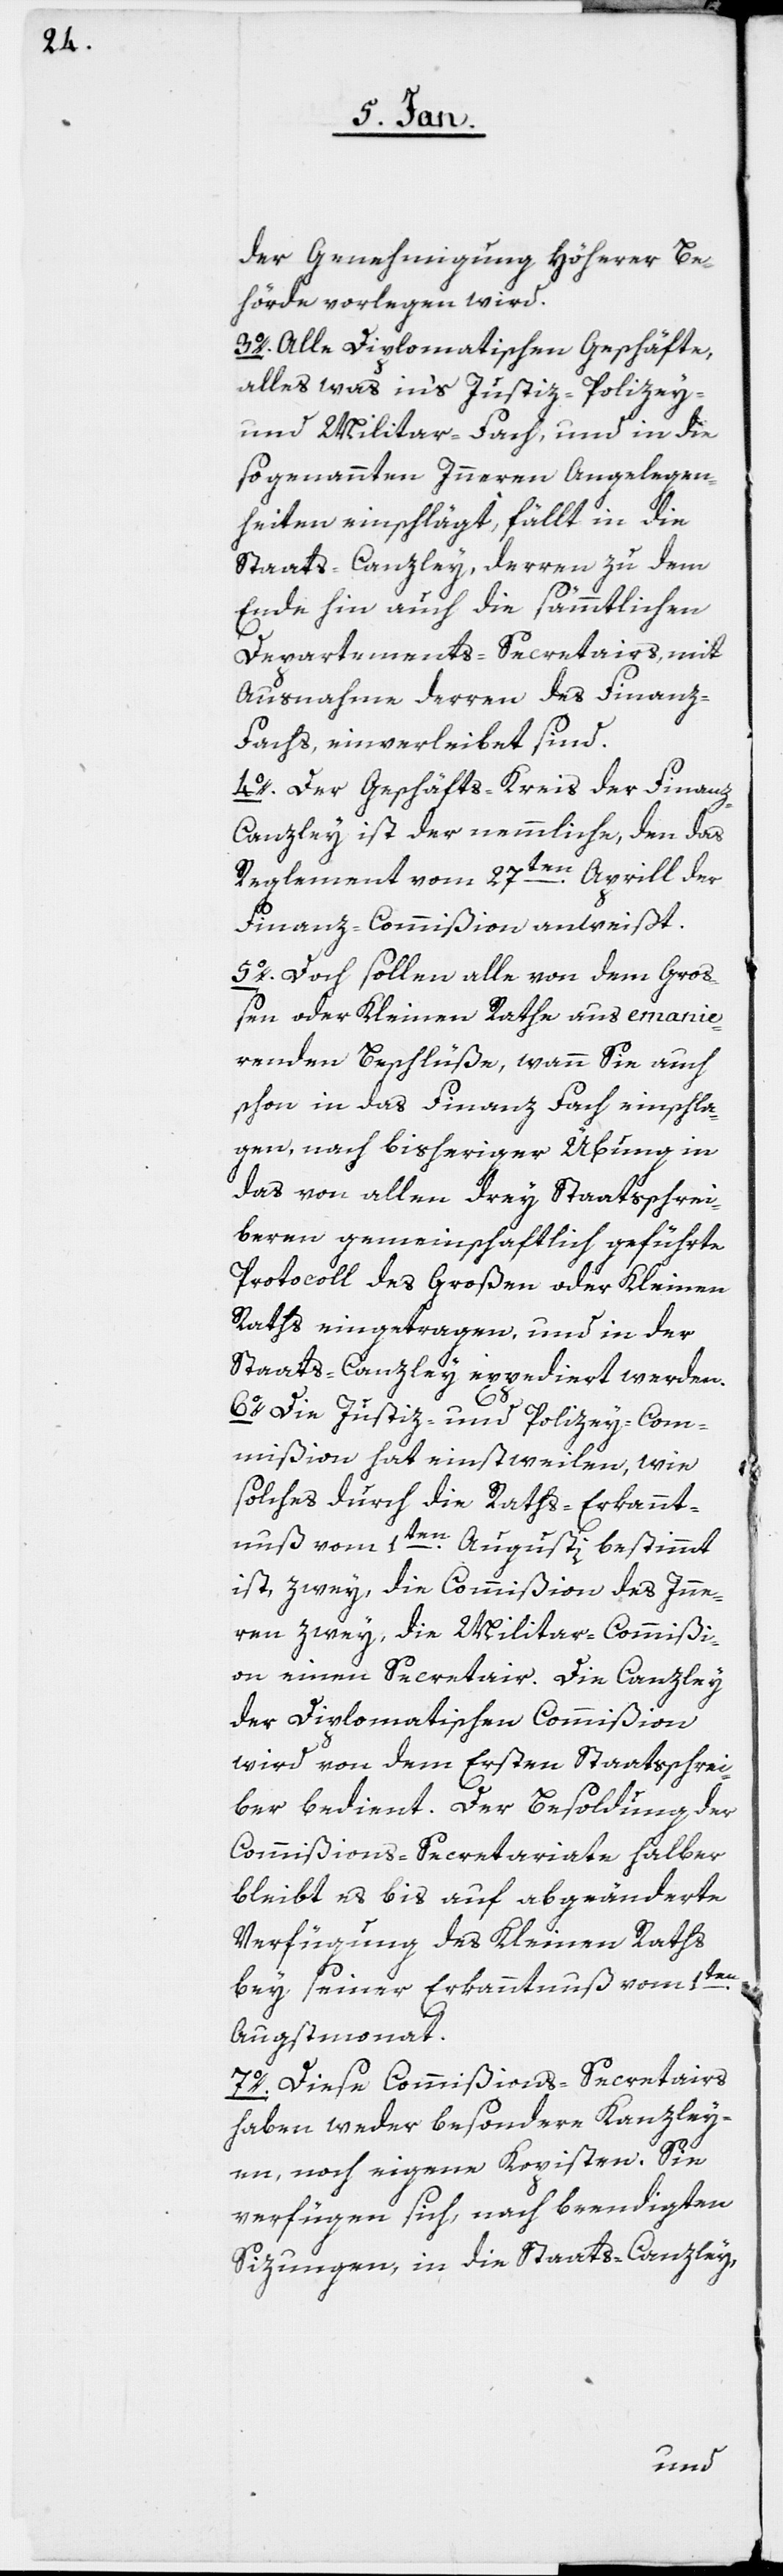
der Genehmigung höherer Be¬
hörde vorlegen wird.
3o. Alle Diplomatischen Geschäfte,
alles was ins Justiz- Polizey-
und Militar-Fach und in die
sogenannten Inneren Angelegen¬
heiten einschlägt, fällt in die
Staats-Canzley, deren zu dem
Ende hin auch die sämmtlichen
Departements-Secretairs, mit
Ausnahme deren des Finanz-F¬
achs, einverleibet sind.
4o. Der Geschäfts-Kreis der Finan¬
z-Canzley ist der nemmliche, den das
Reglement vom 27sten Aprill der
Finanz-Commißion anweist.
5o. Doch sollen alle von dem Groß¬
en oder Kleinen Rathe aus emanie¬
renden Beschlüße, wann Sie auch
schon in das Finanz Fach einschla¬
gen, nach bisheriger Übung in
das von allen drey Staatsschrei¬
beren gemeinschaftlich geführte
Protocoll des Großen oder Kleinen
Raths eingetragen, und in der
Staats-Canzley expediert werden.
6o. Die Justiz- und Polizey-Com¬
mißion hat einstweilen, wie
solches durch die Raths-Erkannt¬
nuß vom 1ten. Augusti bestimmt
ist, zwey, die Commißion des Inne¬
rn zwey, die Militar-Commißi¬
on einen Secretair. Die Canzley
der Diplomatischen Commißion
wird von dem Ersten Staatsschrei¬
ber bedient. Der Besoldung der
Commißions-Secretariate halber
bleibt es bis auf abgeänderte
Verfügung des Kleinen Raths
bey seiner Erkanntnuß vom 1ten.
Augstmonat.
7o. Diese Commißions-Secretairs
haben weder besondere Kanzley¬
en, noch eigene Kopisten. Sie
verfügen sich, nach beendigten
Sizungen, in die Staats-Canzley,